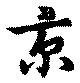
京